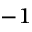
^ { - 1 }